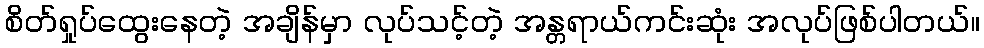
စိတ်ရှုပ်ထွေးနေတဲ့ အချိန်မှာ လုပ်သင့်တဲ့ အန္တရာယ်ကင်းဆုံး အလုပ်ဖြစ်ပါတယ်။